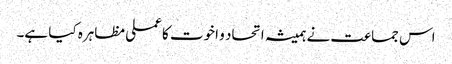
اس جماعت نے ہمیشہ اتحاد و اخوت کا عملی مظاہرہ کیا ہے۔